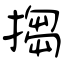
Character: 搊